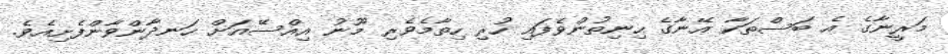
މަރީނާގެ އެ ބަސްތަކާ އޭނާގެ ހިނިތުންވެފައި ހުރި ހިތާމެވެރި މޫނު އިއްސޭއަށް ހަނދާންވާންފެށިއެވެ.